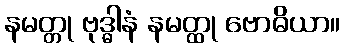
နမတ္တု ဗုဒ္ဓါနံ နမတ္ထု ဗောဓိယာ။